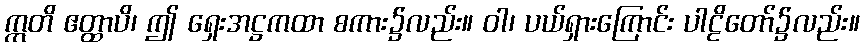
ဣတိ ဧတ္ထာပိ၊ ဤ ရှေးအဋ္ဌကထာ စကား၌လည်း။ ဝါ၊ ပယ်ရှားကြောင်း ပါဠိတော်၌လည်း။